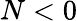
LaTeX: N<0